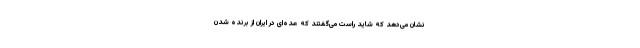
نشان می‌دهد که شاید راست می‌گفتند که عده‌ای در ایران از برنده شدن